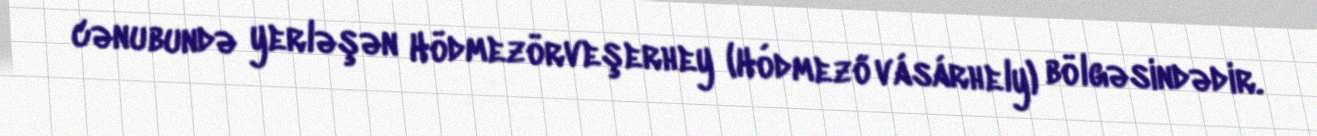
cənubundə yerləşən Hödmezörveşerhey (Hódmezővásárhely) bölgəsindədir.